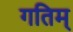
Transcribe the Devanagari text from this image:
गतिम्